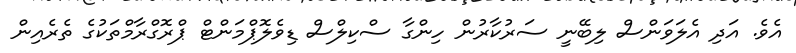
އެވެ. އަދި އެލަވަންސް ލިބޭނީ ސަރުކާރުން ހިންގާ ސްކިލްސް ޑިވެލޮޕްމަންޓް ޕްރޮގްރާމްތަކުގެ ތެރެއިން